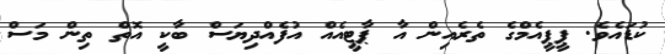
ކުޑައެވެ. ޕީޕީއެމްގެ ތެރެއިން އާ ޕާޓީއެއް އުފެއްދިޔަސް ބާކީ އޮތް ތިން މަސް